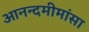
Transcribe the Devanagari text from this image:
आनन्दमीमांसा